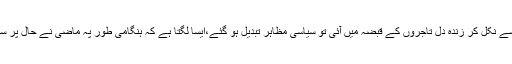
اس عہد جدید میں جب اقتصادی طاقت بے عمل جاگیرداروں کے ہاتھ سے نکل کر زندہ دل تاجروں کے قبضہ میں آئی تو سیاسی مظاہر تبدیل ہو گئے،ایسا لگتا ہے کہ ہنگامی طور پہ ماضی نے حال پر سے اپنی گرفت ڈھیلی کر کے سماجی زندگی کے طور اطوار بدل ڈالے۔